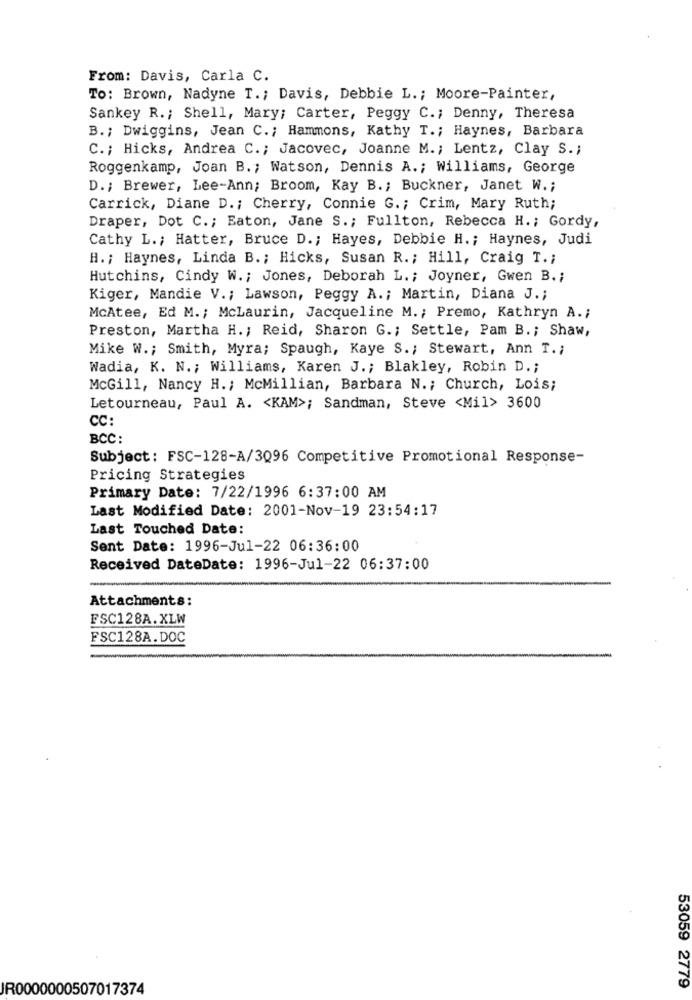
From: Davis, Carla C.
To: Brown, Nadyne T .; Davis, Debbie L .; Moore-Painter,
Sankey R. ; Shell, Mary; Carter, Peggy C .; Denny, Theresa
B .; Dwiggins, Jean C .; Hammons, Kathy T .; Haynes, Barbara
C .; Hicks, Andrea C .; Jacovec, Joanne M .; Lentz, Clay S .;
Roggenkamp, Joan B .; Watson, Dennis A .; Williams, George
D .; Brewer, Lee-Ann; Broom, Kay B .; Buckner, Janet W .;
Carrick, Diane D .; Cherry, Connie G .; Crim, Mary Ruth;
Draper, Dot C .; Eaton, Jane S .; Fullton, Rebecca H .; Gordy,
Cathy L .; Hatter, Bruce D .; Hayes, Debbie H .; Haynes, Judi
H. ; Haynes, Linda B .; Hicks, Susan R .; Hill, Craig T .;
Hutchins, Cindy W .; Jones, Deborah L .; Joyner, Gwen B .;
Kiger, Mandie V .; Lawson, Peggy A .; Martin, Diana J .;
McAtee, Ed M .; McLaurin, Jacqueline M .; Premo, Kathryn A .;
Preston, Martha H .; Reid, Sharon G .; Settle, Pam B. ; Shaw,
Mike W .; Smith, Myra; Spaugh, Kaye S .; Stewart, Ann T .;
Wadia, K. N .; Williams, Karen J .; Blakley, Robin D .;
McGill, Nancy H .; McMillian, Barbara N .; Church, Lois;
Letourneau, Paul A. < KAM>; Sandman, Steve <Mil> 3600
CC:
BCC:
Subject: FSC-128-A/3Q96 Competitive Promotional Response-
Pricing Strategies
Primary Date: 7/22/1996 6:37:00 AM
Last Modified Date: 2001-Nov-19 23:54:17
Last Touched Date:
Sent Date: 1996-Jul-22 06:36:00
Received DateDate: 1996-Jul-22 06:37:00
Attachments:
FSC128A.XLW
FSC128A.DOC
53059 2779
JR0000000507017374